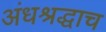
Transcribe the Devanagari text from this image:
अंधश्रद्धाच